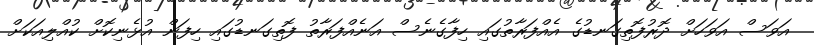
އަވަސް އަވަހަށް ދޮރުފޮތިގަނޑުގެ އެއްފަރާތުގައި ހިފާގެނެސް އަނެއްފަރާތު ފޮތިގަނޑުގައި ހިފަން އުޅެނިކޮށް ކުއްލިއަކަށް